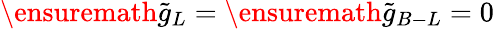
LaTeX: \ensuremath{\tilde{g}_{L}}=\ensuremath{\tilde{g}_{B-L}}=0